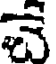
చె